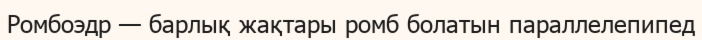
Ромбоэдр — барлық жақтары ромб болатын параллелепипед